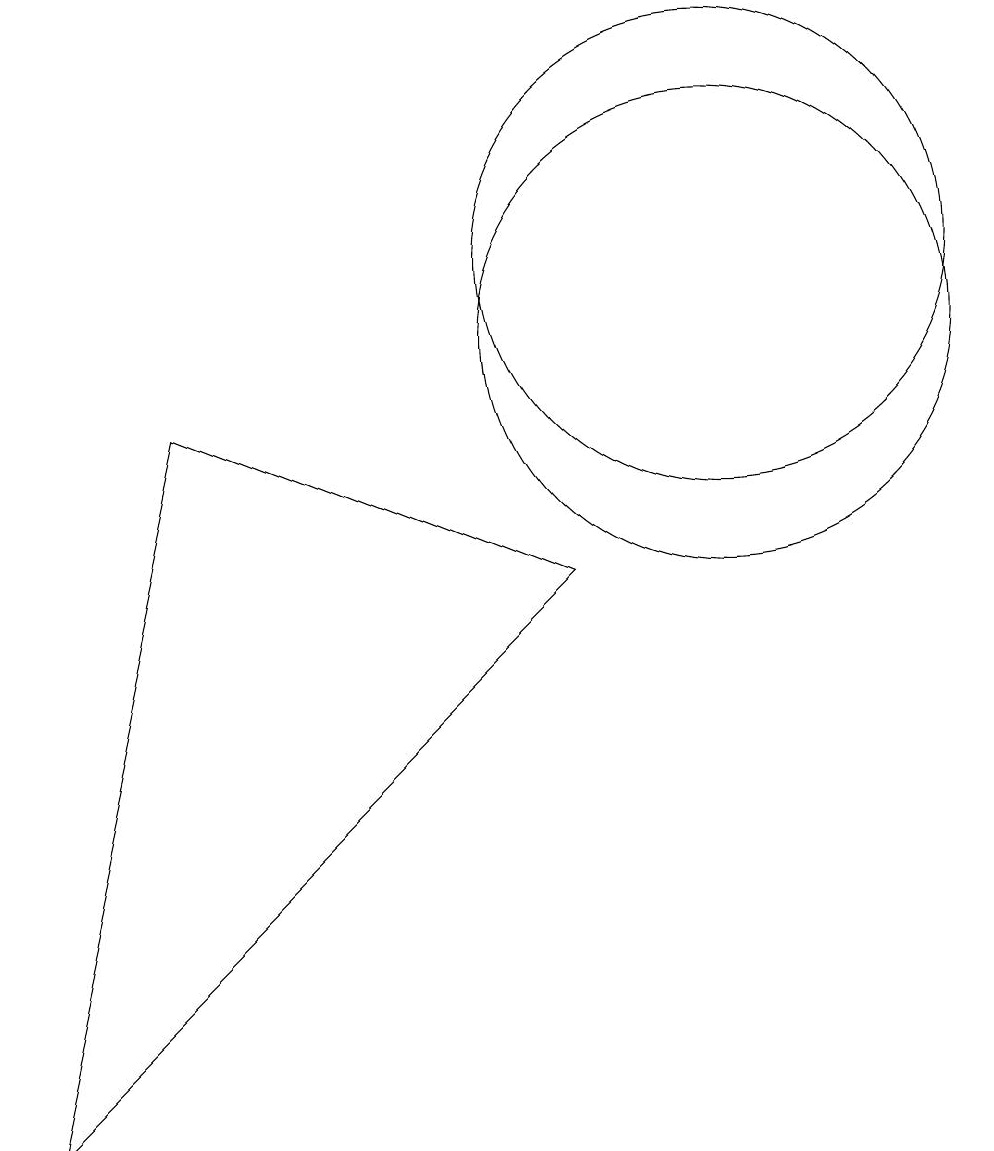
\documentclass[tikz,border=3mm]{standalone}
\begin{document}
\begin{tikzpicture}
\draw (3,9) -- (8,7) -- (1,0) -- cycle;
\draw (10,10) circle (3);
\draw (10,11) circle (3);
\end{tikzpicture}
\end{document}